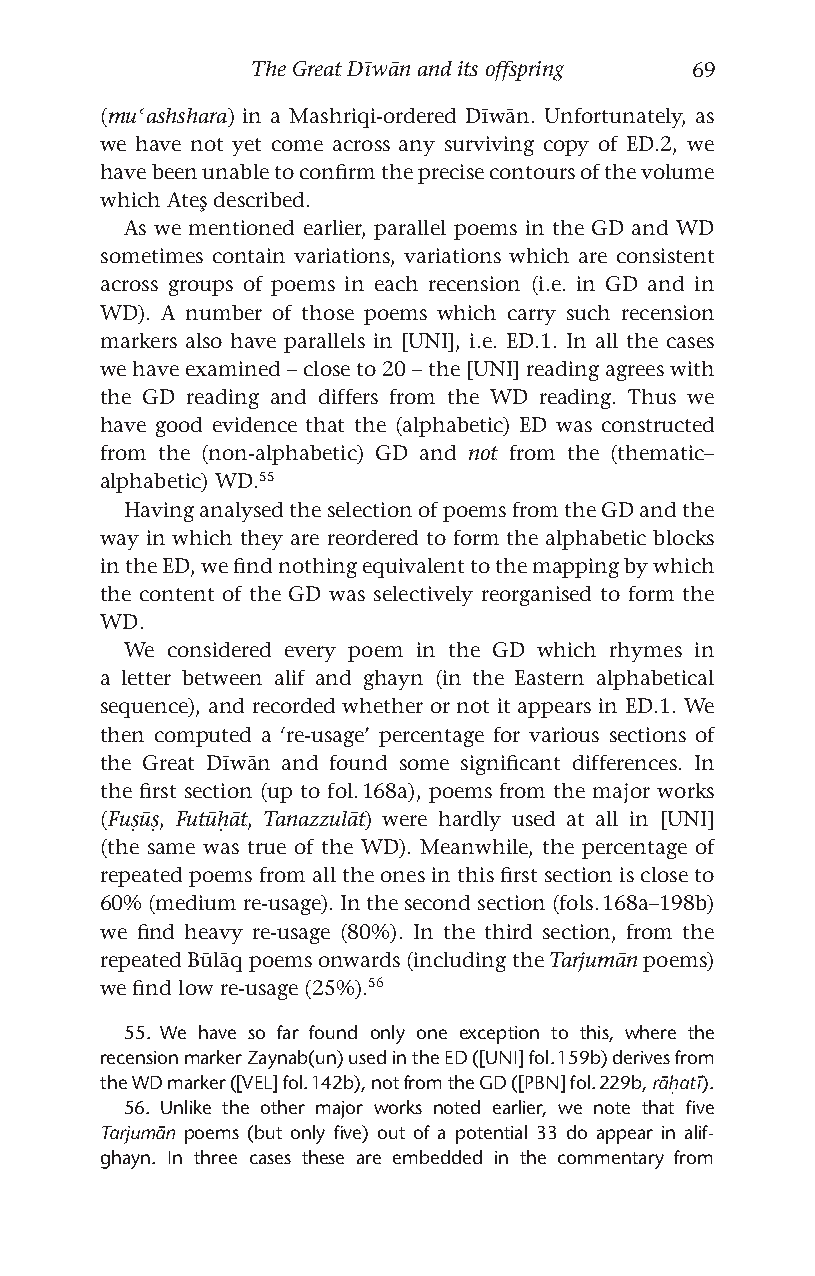
The Great Dīwān and its offspring 69
 (muʿashshara) in a Mashriqi-ordered Dīwān. Unfortunately, as
 we have not yet come across any surviving copy of ED.2, we
 have been unable to confirm the precise contours of the volume
 which Ateş described.
 As we mentioned earlier, parallel poems in the GD and WD
 sometimes contain variations, variations which are consistent
 across groups of poems in each recension (i.e. in GD and in
 WD). A number of those poems which carry such recension
 markers also have parallels in [UNI], i.e. ED.1. In all the cases
 we have examined – close to 20 – the [UNI] reading agrees with
 the GD reading and differs from the WD reading. Thus we
 have good evidence that the (alphabetic) ED was constructed
 from the (non-alphabetic) GD and not from the (thematic–
 alphabetic) WD.55
 Having analysed the selection of poems from the GD and the
 way in which they are reordered to form the alphabetic blocks
 in the ED, we find nothing equivalent to the mapping by which
 the content of the GD was selectively reorganised to form the
 WD.
 We considered every poem in the GD which rhymes in
 a letter between alif and ghayn (in the Eastern alphabetical
 sequence), and recorded whether or not it appears in ED.1. We
 then computed a ‘re-usage’ percentage for various sections of
 the Great Dīwān and found some significant differences. In
 the first section (up to fol. 168a), poems from the major works
 (Fuṣūṣ, Futūḥāt, Tanazzulāt) were hardly used at all in [UNI]
 (the same was true of the WD). Meanwhile, the percentage of
 repeated poems from all the ones in this first section is close to
 60% (medium re-usage). In the second section (fols. 168a–198b)
 we find heavy re-usage (80%). In the third section, from the
 repeated Būlāq poems onwards (including the Tarjumān poems)
 we find low re-usage (25%).56
 55. We have so far found only one exception to this, where the
 recension marker Zaynab(un) used in the ED ([UNI] fol. 159b) derives from
 the WD marker ([VEL] fol. 142b), not from the GD ([PBN] fol. 229b, rāḥatī).
 56. Unlike the other major works noted earlier, we note that five
 Tarjumān poems (but only five) out of a potential 33 do appear in alif-
 ghayn. In three cases these are embedded in the commentary from